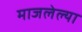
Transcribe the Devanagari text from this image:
माजलेल्या